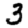
Digit: 3